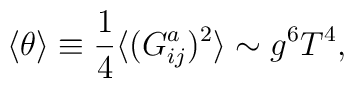
\langle \theta \rangle \equiv \frac{1}{4}\langle (G^a_{ij})^2 \rangle \sim g^6T^4,